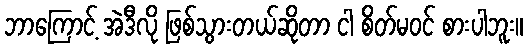
ဘာကြောင့် အဲဒီလို ဖြစ်သွားတယ်ဆိုတာ ငါ စိတ်မဝင် စားပါဘူး။